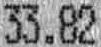
33.82